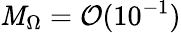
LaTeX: \mathit{M}_{\Omega}=\mathcal{{O}}(10^{-1})